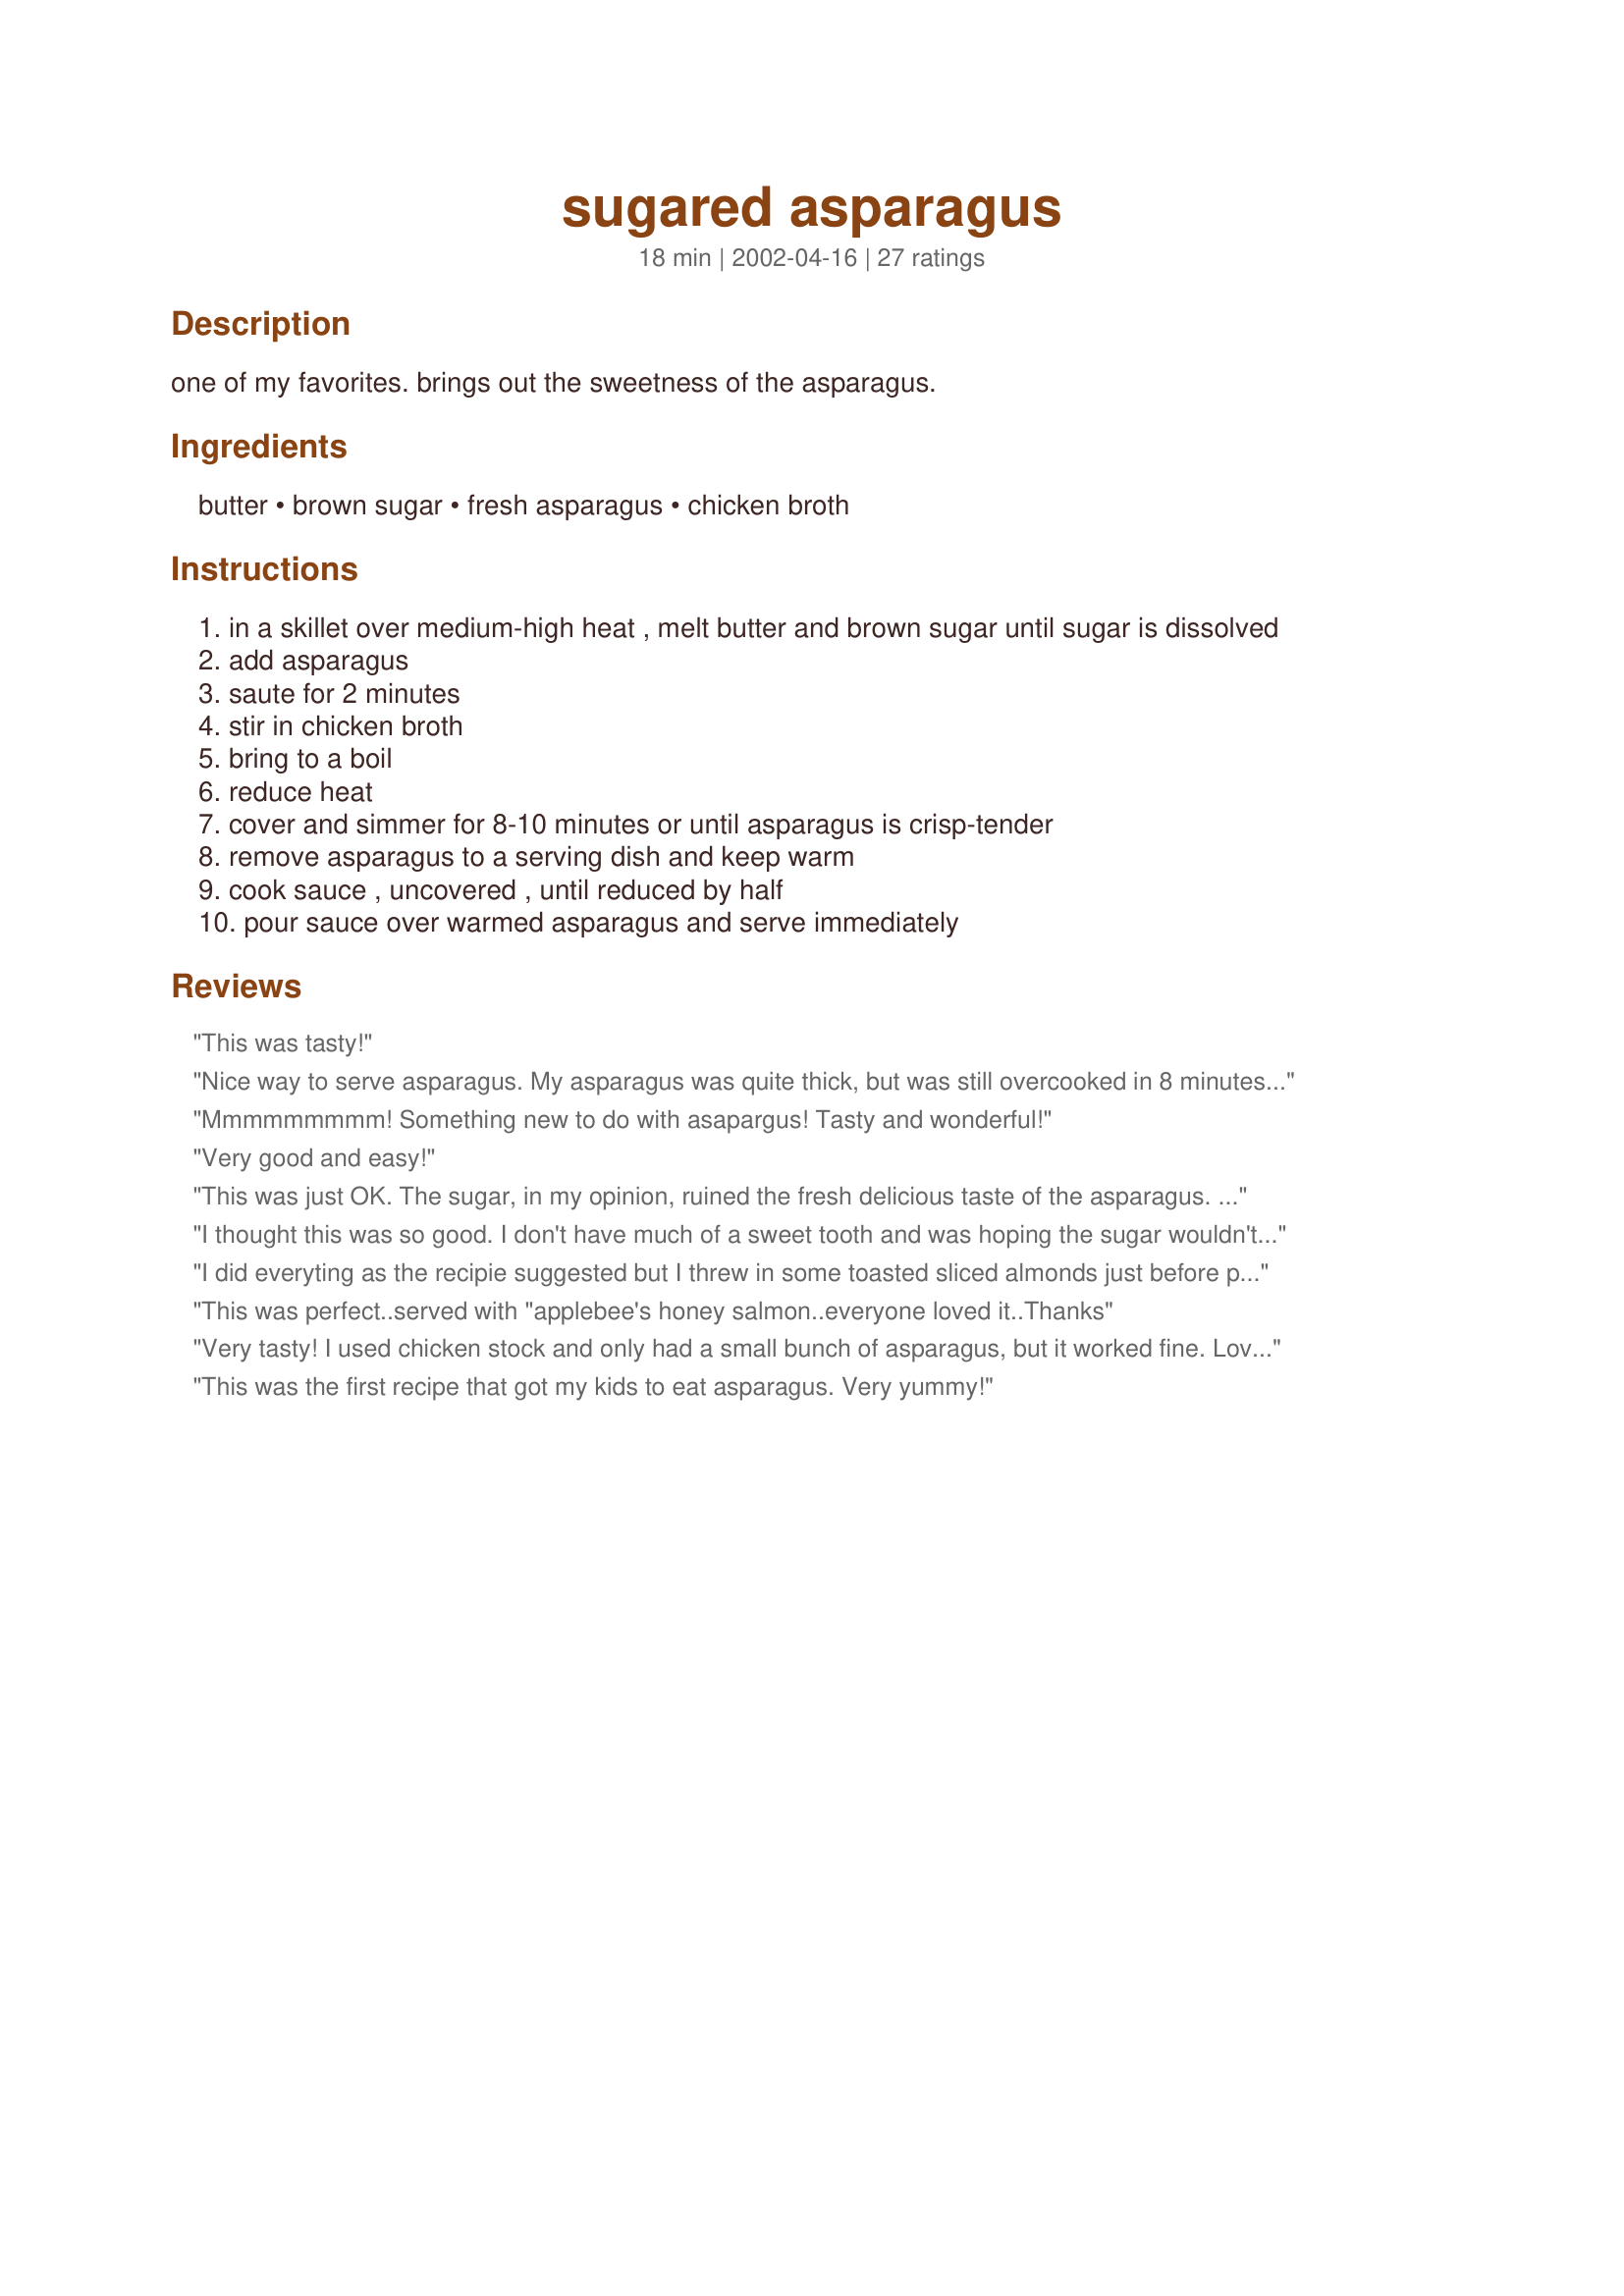
sugared asparagus
Preparation time: 18 minutes

one of my favorites. brings out the sweetness of the asparagus.

Ingredients:
butter, brown sugar, fresh asparagus, chicken broth

Steps:
in a skillet over medium-high heat , melt butter and brown sugar until sugar is dissolved
add asparagus
saute for 2 minutes
stir in chicken broth
bring to a boil
reduce heat
cover and simmer for 8-10 minutes or until asparagus is crisp-tender
remove asparagus to a serving dish and keep warm
cook sauce , uncovered , until reduced by half
pour sauce over warmed asparagus and serve immediately

Reviews:
This was tasty!
Nice way to serve asparagus. My asparagus was quite thick, but was still overcooked in 8 minutes. Other than that, it was very good.
Mmmmmmmmm! Something new to do with asapargus! Tasty and wonderful!
Very good and easy!
This was just OK. The sugar, in my opinion, ruined the fresh delicious taste of the asparagus. It's such a great flavor on its own. This might be great if you don't like the asparagus that much to start. If you love it, you might not be as happy.
I thought this was so good. I don't have much of a sweet tooth and was hoping the sugar wouldn't spoil perfectly good asparagus and it didn't. The sauce was just right. I would cook the asparagus a bit less than 8 minutes as mine did end up a little less crisp than I like.
I did everyting as the recipie suggested but I threw in some toasted sliced almonds just before pouring the sauce over the veggies and it was great!
This was perfect..served with "applebee's honey salmon..everyone loved it..Thanks
Very tasty! I used chicken stock and only had a small bunch of asparagus, but it worked fine. Love the sweet sauce and poured that over the baked chicken we had as well as the asparagus.
Will make this again.
This was the first recipe that got my kids to eat asparagus. Very yummy!
I must admit that I haven't tried this yet, but am cooking another Asparagus recipe this evening. This sounds soo yummy, and as Asparagus is so healthy, and in season, I will be making this in a few days:) Just sounds mouth watering:)
Asparagus is my favorite veggie and this recipe is different from anything else I have tried. I used vegetable broth instead of chicken broth and my asparagus was very thick and I only needed to cook it for about 5 minutes. I think 8-10 minutes is way too much.
Haven't had asparagus in a while, but I'm pretty sure this is the best way I've had it in a long time! The earthiness of the asparagus wasn't at all overpowered by the sauce. Very nice recipe! I did tweak it though, I did not cook it for nearly 8 minutes, and I cooked the stems first then added the tops at the last minute. I like a little bit of crunch in my veggies.
Nice change from plain old steamed. I used homemade chicken stock. Just the right amount of sweetness, :)
This was a huge hit with my family. Very simple to make and the sauce works well with other vegetables. This Easter I substituted the asparagus for carrots and everyone loved it!
I didn't think there was any hope for the way-too-thick asp. my dh bought. But this recipe made them turn out so succulent. Thanks, Debster; it's a keeper!
Debster, this is really good. I love asparagus, but I&#039;m not a tender crisp person I like my veggies mushy (OK I&#039;m different) but still wonderful. Love the brown sugar. I must tell you this story. My husband will not eat anything green except green beans. He went to a dart tournament so I left supper on the stove for when he got home. Next day, he said honey the green beans were wonderful but a little soggy. He ate the rest of the pan (which was quite a bit). I got up the next day noticed the entire pan was empty, asked him did you eat all this, YES. I had to tell him it wasn&#039;t green beans but your asparagus! LOL. He won&#039;t eat it now but he sure did then (I&#039;m pretty sure alcohol was involved ). Love this recipe thanks! -- Nina
I'm used to just steaming asparagus until it's tender. This was a real change and I'll never just steam it again!! Didn't have any broth on hand so used two bullion cubes in a cup of water. Made with white asparagus. YUM!!!!!
This was quite good! The asparagus cooked very nicely! And, the sauce was flavourful. The sweetness was a bit overwhelming - maybe I'll try it with a little less next time.
Great recipe. Easy to prepare. One of my favorite ways to cook asparagus now! Thanks for sharing.
These were wonderful!! I made them for Thanksgiving dinner and everyone raved--even the veggie haters!! They were not too crisp, but not soggy either. The sweetness comes through, but not overpowering. Definitely a keeper!!
So easy and quite tasty. I made a 1/2 recipe and it seemed to come together quite nicely. However, while reducing the sauce, the asparagus continued to cook and was not quite as crunchy as like and also wasn't as attractive as it was when I took it off the stove. Next time I will not cook it very long so that it retains some crunch. Also, it was sweeter than we expected.
Wow! Very good! The sugar gives the asparagus a slight sweetness that makes it excellent! My boyfriend doesn't usually like sweet with veggies but he also enjoyed it very much! We will be having again!
This has become one of our regular side dishes. Thanks!
Very good not as sweet as I thought it was just right.
This recipe is nothing short of amazing! Great taste, easy to make, and I was surprised that the asparagus did not taste overly sweet. Perfect! I raved about it to my mom and aunt so much they asked me to forward this to them . . . they're both so fussy and set in their ways . . . that in itself is high praise. Thanks so much for posting this recipe, Deb.
Thank you for another method of cooking these fellas. It's a great change, and it taste great! Followed the recipe exactly. Thank you
